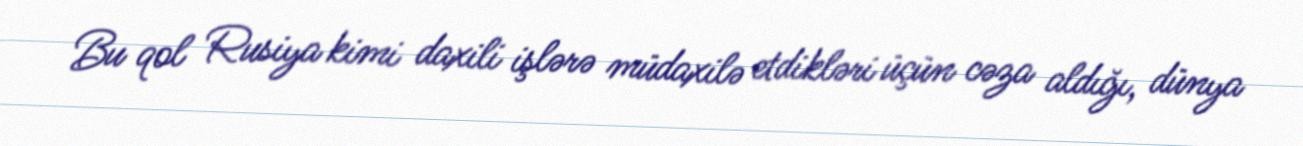
Bu qol Rusiya kimi daxili işlərə müdaxilə etdikləri üçün cəza aldığı, dünya